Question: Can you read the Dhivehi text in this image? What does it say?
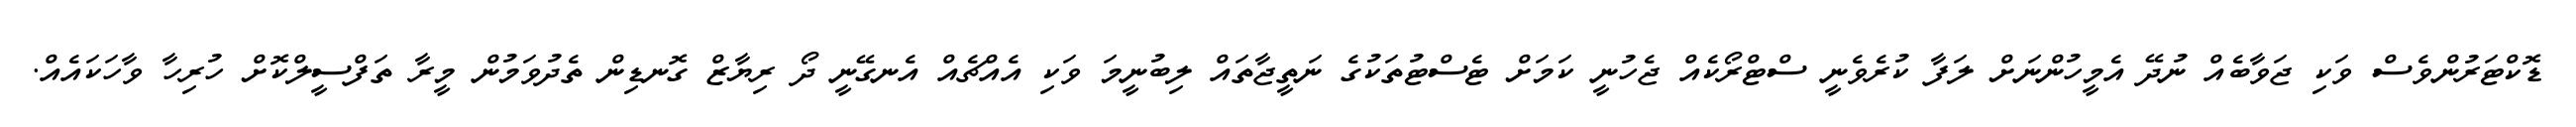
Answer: ޑޮކްޓަރުންވެސް ވަކި ޖަވާބެއް ނުދޭ އެމީހުންނަށް ލަފާ ކުރެވެނީ ސްޓްރޯކެއް ޖެހުނީ ކަމަށް ޓެސްޓުތަކުގެ ނަތީޖާތައް ލިބުނީމަ ވަކި އެއްޗެއް އެނގޭނީ ދޯ ރިޔާޒް ގޮނޑިން ތެދުވަމުން މީރާ ތަފްސީލްކޮށް ހުރިހާ ވާހަކައެއް.